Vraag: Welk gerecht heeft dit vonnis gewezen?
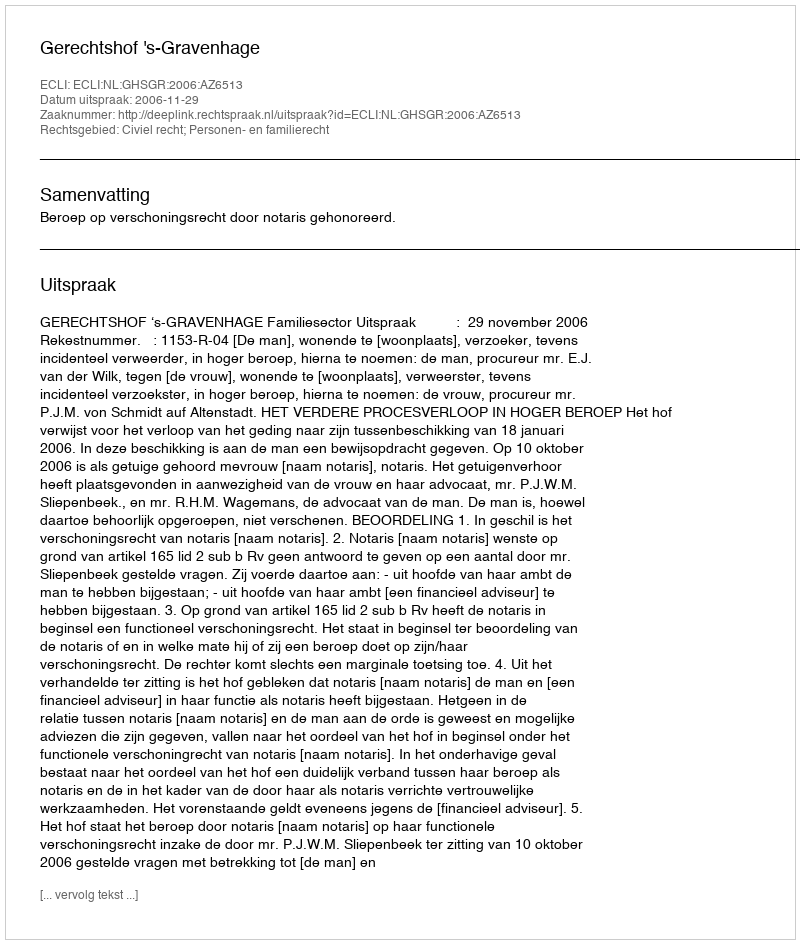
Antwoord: Gerechtshof 's-Gravenhage